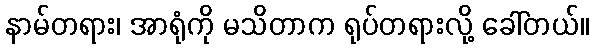
နာမ်တရား၊ အာရုံကို မသိတာက ရုပ်တရားလို့ ခေါ်တယ်။